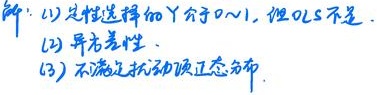
解：(1) 线性选择的Y介于0~1，但OLS不是.
(2) 异方差性.
(3) 不确定扰动项正态分布.